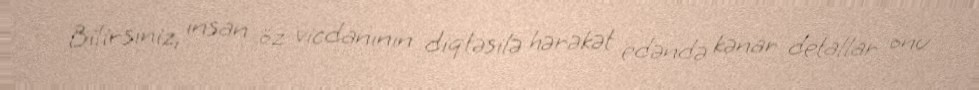
Bilirsiniz, insan öz vicdanının diqtəsilə hərəkət edəndə kənar detallar onu